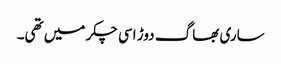
ساری بھاگ دوڑ اسی چکر میں تھی۔